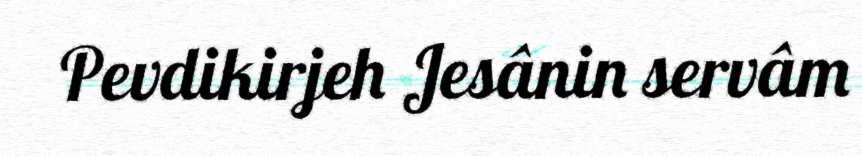
Pevdikirjeh Jesânin servâm